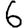
Digit: 6